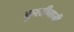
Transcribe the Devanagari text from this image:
कुश्तीबाजी